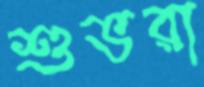
শুভরা